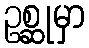
ဥစ္ဆုမှာ